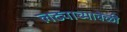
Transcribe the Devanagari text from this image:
लढ्याच्यावेळी